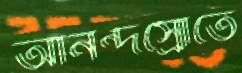
আনন্দস্রোতে